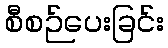
စီစဉ်ပေးခြင်း